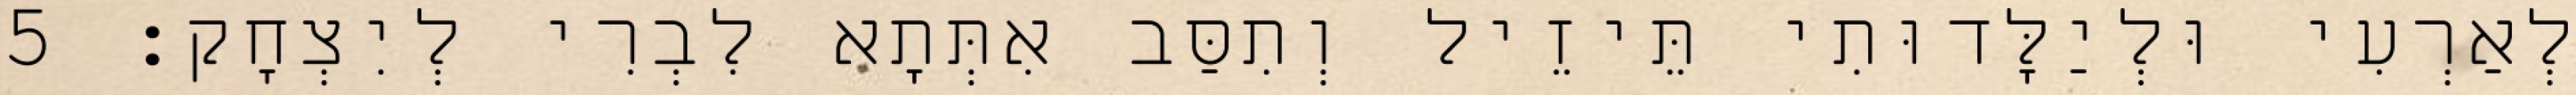
לְאַרְעִי וּלְיַלָּדוּתִי תֵּיזֵיל וְתִסַּב אִתְּתָא לִבְרִי לְיִצְחָק׃ 5